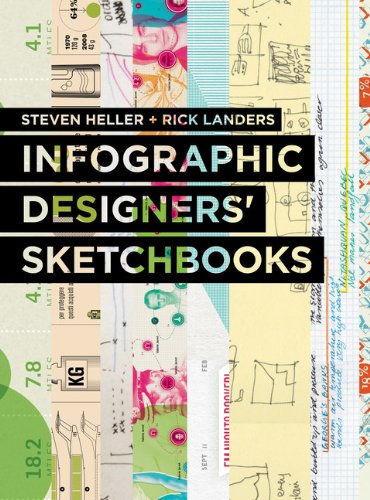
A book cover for Infographics Designers' Sketchbooks; Steven Heller; Politics & Social Sciences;